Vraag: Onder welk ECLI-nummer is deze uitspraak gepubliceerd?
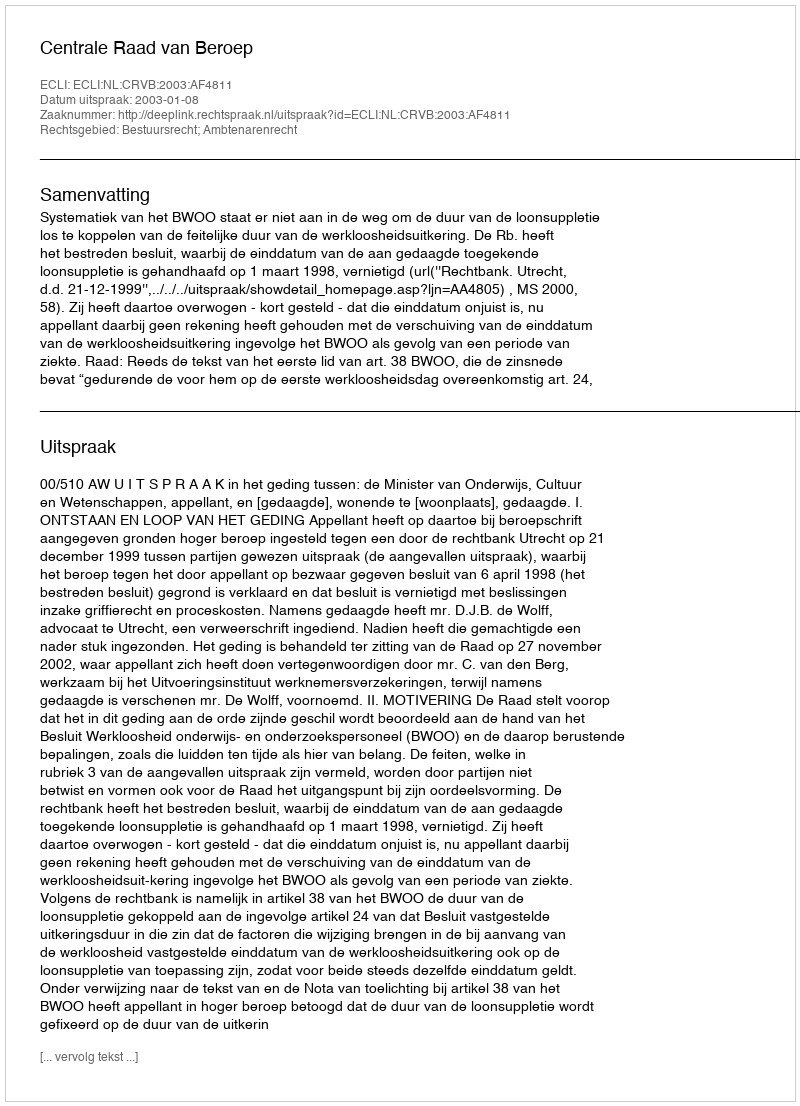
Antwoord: ECLI:NL:CRVB:2003:AF4811